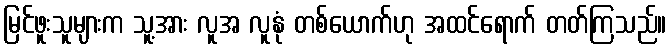
မြင်ဖူးသူများက သူ့အား လူအ လူနုံ တစ်ယောက်ဟု အထင်ရောက် တတ်ကြသည်။